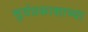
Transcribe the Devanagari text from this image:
सुर्यप्रकाशाच्या